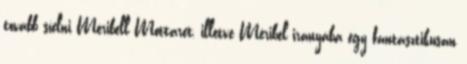
tovább síelni Méribell Mottaret, illetve Méribel irányába egy fantasztikusan